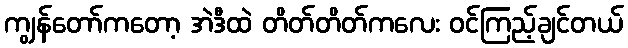
ကျွန်တော်ကတော့ အဲဒီထဲ တိတ်တိတ်ကလေး ဝင်ကြည့်ချင်တယ်